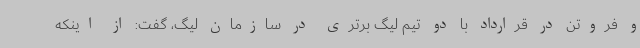
و فروتن در قرارداد با دو تیم لیگ برتری در سازمان لیگ، گفت: از اینکه